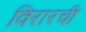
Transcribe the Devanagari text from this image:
विरारची